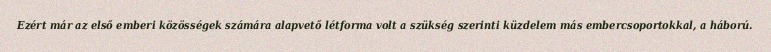
Ezért már az első emberi közösségek számára alapvető létforma volt a szükség szerinti küzdelem más embercsoportokkal, a háború.